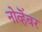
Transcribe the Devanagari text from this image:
नोव्हॆंबर